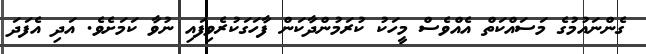
ގެންނައުމުގެ މަސައްކަތް އެއްވެސް މީހަކު ކުރަމުންދާކަން ފާހަގަކުރެވިފައި ނުވާ ކަމަށެވެ. އަދި އެފަދަ